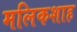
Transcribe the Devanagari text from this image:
मलिकशाह